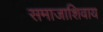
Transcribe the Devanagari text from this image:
समाजाशिवाय